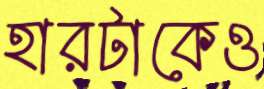
হারটাকেও